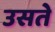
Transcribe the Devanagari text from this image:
उसते